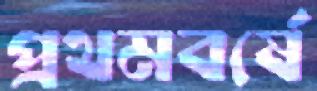
প্রথমবর্ষে